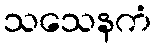
သသေနကံ